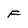
Character: F